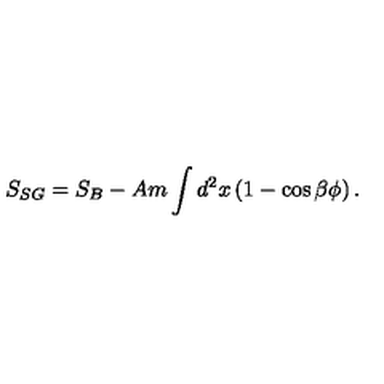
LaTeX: S _ { S G } = S _ { B } - A m \int d ^ { 2 } x \left( 1 - \cos { \beta \phi } \right) .